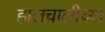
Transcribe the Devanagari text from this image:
हालचालीच्या